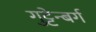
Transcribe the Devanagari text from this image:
गुट्टेन्बर्ग